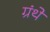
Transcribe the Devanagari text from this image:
ग्रंथे